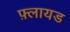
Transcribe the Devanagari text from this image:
फ़्लायड